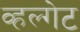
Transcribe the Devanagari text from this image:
व्हल्गेट